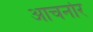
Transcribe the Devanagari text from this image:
आचर्नार